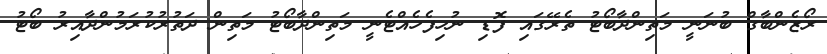
ރޯޒެންބާގް ބުނަނީ މަތިންދާބޯޓު ތެރޭގައި ފޮޑި ނުހިފެހެއްޓެނީ މަތިންދާބޯޓު މަތިން ދަތުރުކުރަމުންދާއިރު ބޯޓު